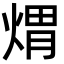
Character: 煟